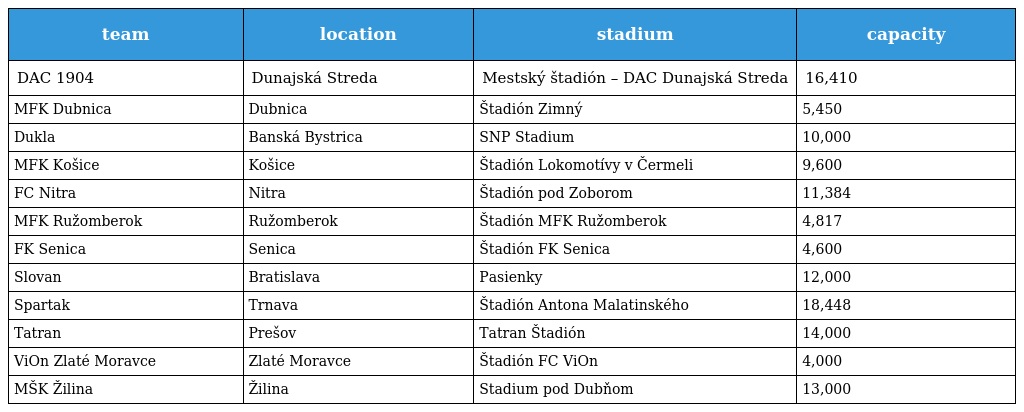
| team | location | stadium | capacity |
 | --- | --- | --- | --- |
 | DAC 1904 | Dunajská Streda | Mestský štadión – DAC Dunajská Streda | 16,410 |
 | MFK Dubnica | Dubnica | Štadión Zimný | 5,450 |
 | Dukla | Banská Bystrica | SNP Stadium | 10,000 |
 | MFK Košice | Košice | Štadión Lokomotívy v Čermeli | 9,600 |
 | FC Nitra | Nitra | Štadión pod Zoborom | 11,384 |
 | MFK Ružomberok | Ružomberok | Štadión MFK Ružomberok | 4,817 |
 | FK Senica | Senica | Štadión FK Senica | 4,600 |
 | Slovan | Bratislava | Pasienky | 12,000 |
 | Spartak | Trnava | Štadión Antona Malatinského | 18,448 |
 | Tatran | Prešov | Tatran Štadión | 14,000 |
 | ViOn Zlaté Moravce | Zlaté Moravce | Štadión FC ViOn | 4,000 |
 | MŠK Žilina | Žilina | Stadium pod Dubňom | 13,000 |